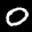
Label: 0